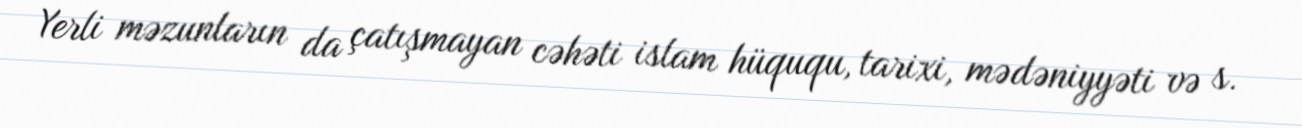
Yerli məzunların da çatışmayan cəhəti islam hüququ, tarixi, mədəniyyəti və s.